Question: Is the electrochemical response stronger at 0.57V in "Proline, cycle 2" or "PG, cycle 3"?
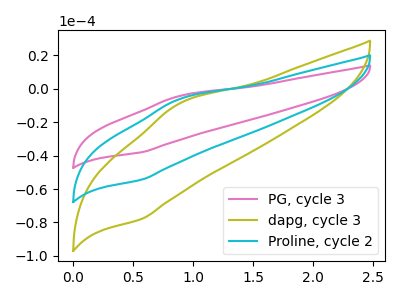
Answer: <think>The pink curve "PG, cycle 3" has an anodic peak at (0.90V, -4.25uA) and a cathodic peak at (0.55V, -37.95uA). The olive curve "dapg, cycle 3" has an anodic peak at (0.90V, -12.15uA) and a cathodic peak at (0.55V, -108.80uA). The cyan curve "Proline, cycle 2" has an anodic peak at (0.90V, -6.05uA) and a cathodic peak at (0.55V, -54.40uA).</think>
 <answer>The peak at 0.57V is higher in "Proline, cycle 2" than in "PG, cycle 3".</answer>
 <eval>higher</eval>